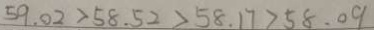
5 9 . 0 2 > 5 8 . 5 2 > 5 8 . 1 7 > 5 8 . 0 9